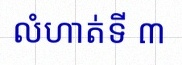
លំហាត់ទី ៣